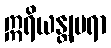
ဣရိယန္တျမရာ